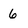
Character: 6